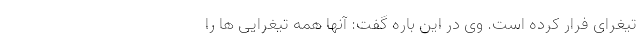
تیغرای فرار کرده است. وی در این باره گفت: آنها همه تیغرایی ها ‌را